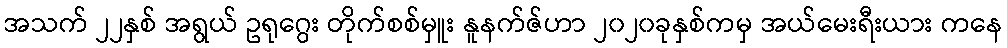
အသက် ၂၂နှစ် အရွယ် ဥရုဂွေး တိုက်စစ်မှူး နူနက်ဇ်ဟာ ၂၀၂၀ခုနှစ်ကမှ အယ်မေးရီးယား ကနေ